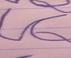
Signature authenticity: forged